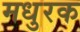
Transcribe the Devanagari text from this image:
मधुरक